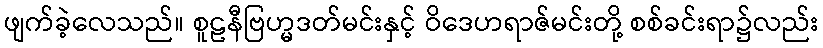
ဖျက်ခဲ့လေသည်။ စူဠနီဗြဟ္မဒတ်မင်းနှင့် ဝိဒေဟရာဇ်မင်းတို့ စစ်ခင်းရာ၌လည်း